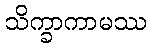
သိက္ခာကာမဿ